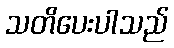
သတိပေးပါသည်